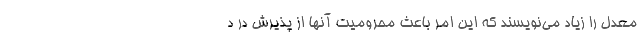
معدل را زیاد می‌نویسند که این امر باعث محرومیت آنها از پذیرش در د